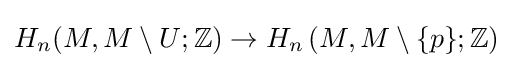
H_{n}(M,M\setminus U;\mathbb {Z} )\to H_{n}\left(M,M\setminus \{p\};\mathbb {Z} \right)